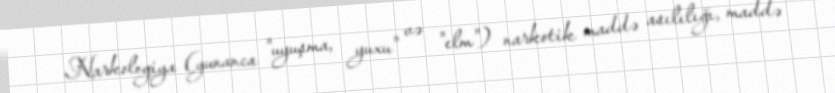
Narkologiya (yunanca "uyuşma, yuxu" və "elm") narkotik maddə asılılığı, maddə